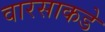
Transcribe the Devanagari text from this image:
वारसाकडे